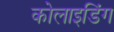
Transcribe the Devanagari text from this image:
कोलाइडिंग